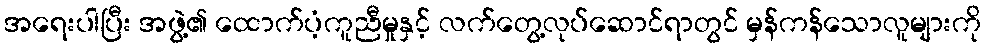
အရေးပါပြီး အဖွဲ့၏ ထောက်ပံ့ကူညီမှုနှင့် လက်တွေ့လုပ်ဆောင်ရာတွင် မှန်ကန်သောလူများကို